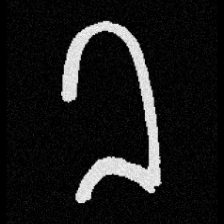
Pyu character \u2014 Myanmar letter: ခ (romanized: kha)